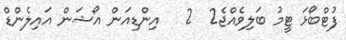
ފުޓްބޯޅަ ޓީމު ބަލިވެއްޖެ2  2   އިންޑިއަން އޯޝަން އައިލެންޑް